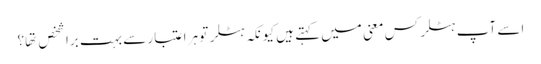
اسے آپ ہٹلر کس معنی میں کہتے ہیں کیونکہ ہٹلر تو ہر اعتبار سے بہت برا شخص تها؟